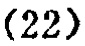
\((22)\)